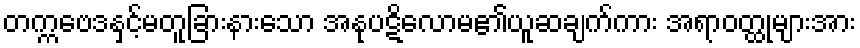
တက္ကဗေဒနှင့်မတူခြားနားသော အနုပဋိလောမ၏ယူဆချက်ကား အရာဝတ္ထုများအား